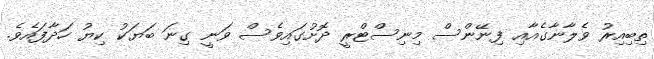
ތިބިއިރު ވެލާނާގެއާއި ފިނޭންސް މިނިސްޓްރީ ދޮށުގައިވެސް ވަނީ ގިނަ ބަޔަކު ކިޔު ހަދާފައެވެ.